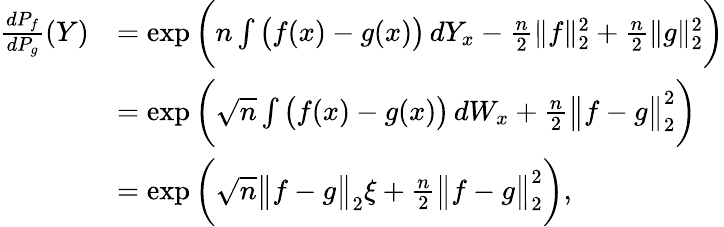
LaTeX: \begin{array}{rl}{\frac{dP_{f}}{dP_{g}}(Y)}&{=\exp\bigg(n\int\big(f(x)-g(x)\big)\, dY_{x}-\frac n2\| f\| _{2}^{2}+\frac n2\| g\| _{2}^{2}\bigg)}\\ &{=\exp\bigg(\sqrt{n}\int\big(f(x)-g(x)\big)\, dW_{x}+\frac{n}{2}\big\| f-g\big\| _{2}^{2}\bigg)}\\ &{=\exp\bigg(\sqrt{n}\big\| f-g\big\| _{2}\xi+\frac{n}{2}\big\| f-g\big\| _{2}^{2}\bigg),}\end{array}